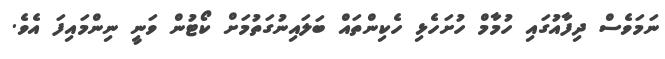
ނަމަވެސް ދިފާއުގައި ހުމާމް ހުށަހެޅި ހެކިންތައް ބަލައިނުގަތުމަށް ކޯޓުން ވަނީ ނިންމައިފަ އެވެ.